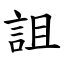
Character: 詛